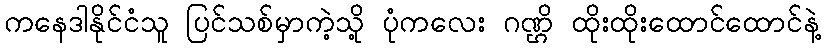
ကနေဒါနိုင်ငံသူ ပြင်သစ်မှာကဲ့သို့ ပုံကလေး ဂဏ္ဌိ ထိုးထိုးထောင်ထောင်နဲ့